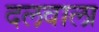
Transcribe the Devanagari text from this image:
दलवाला